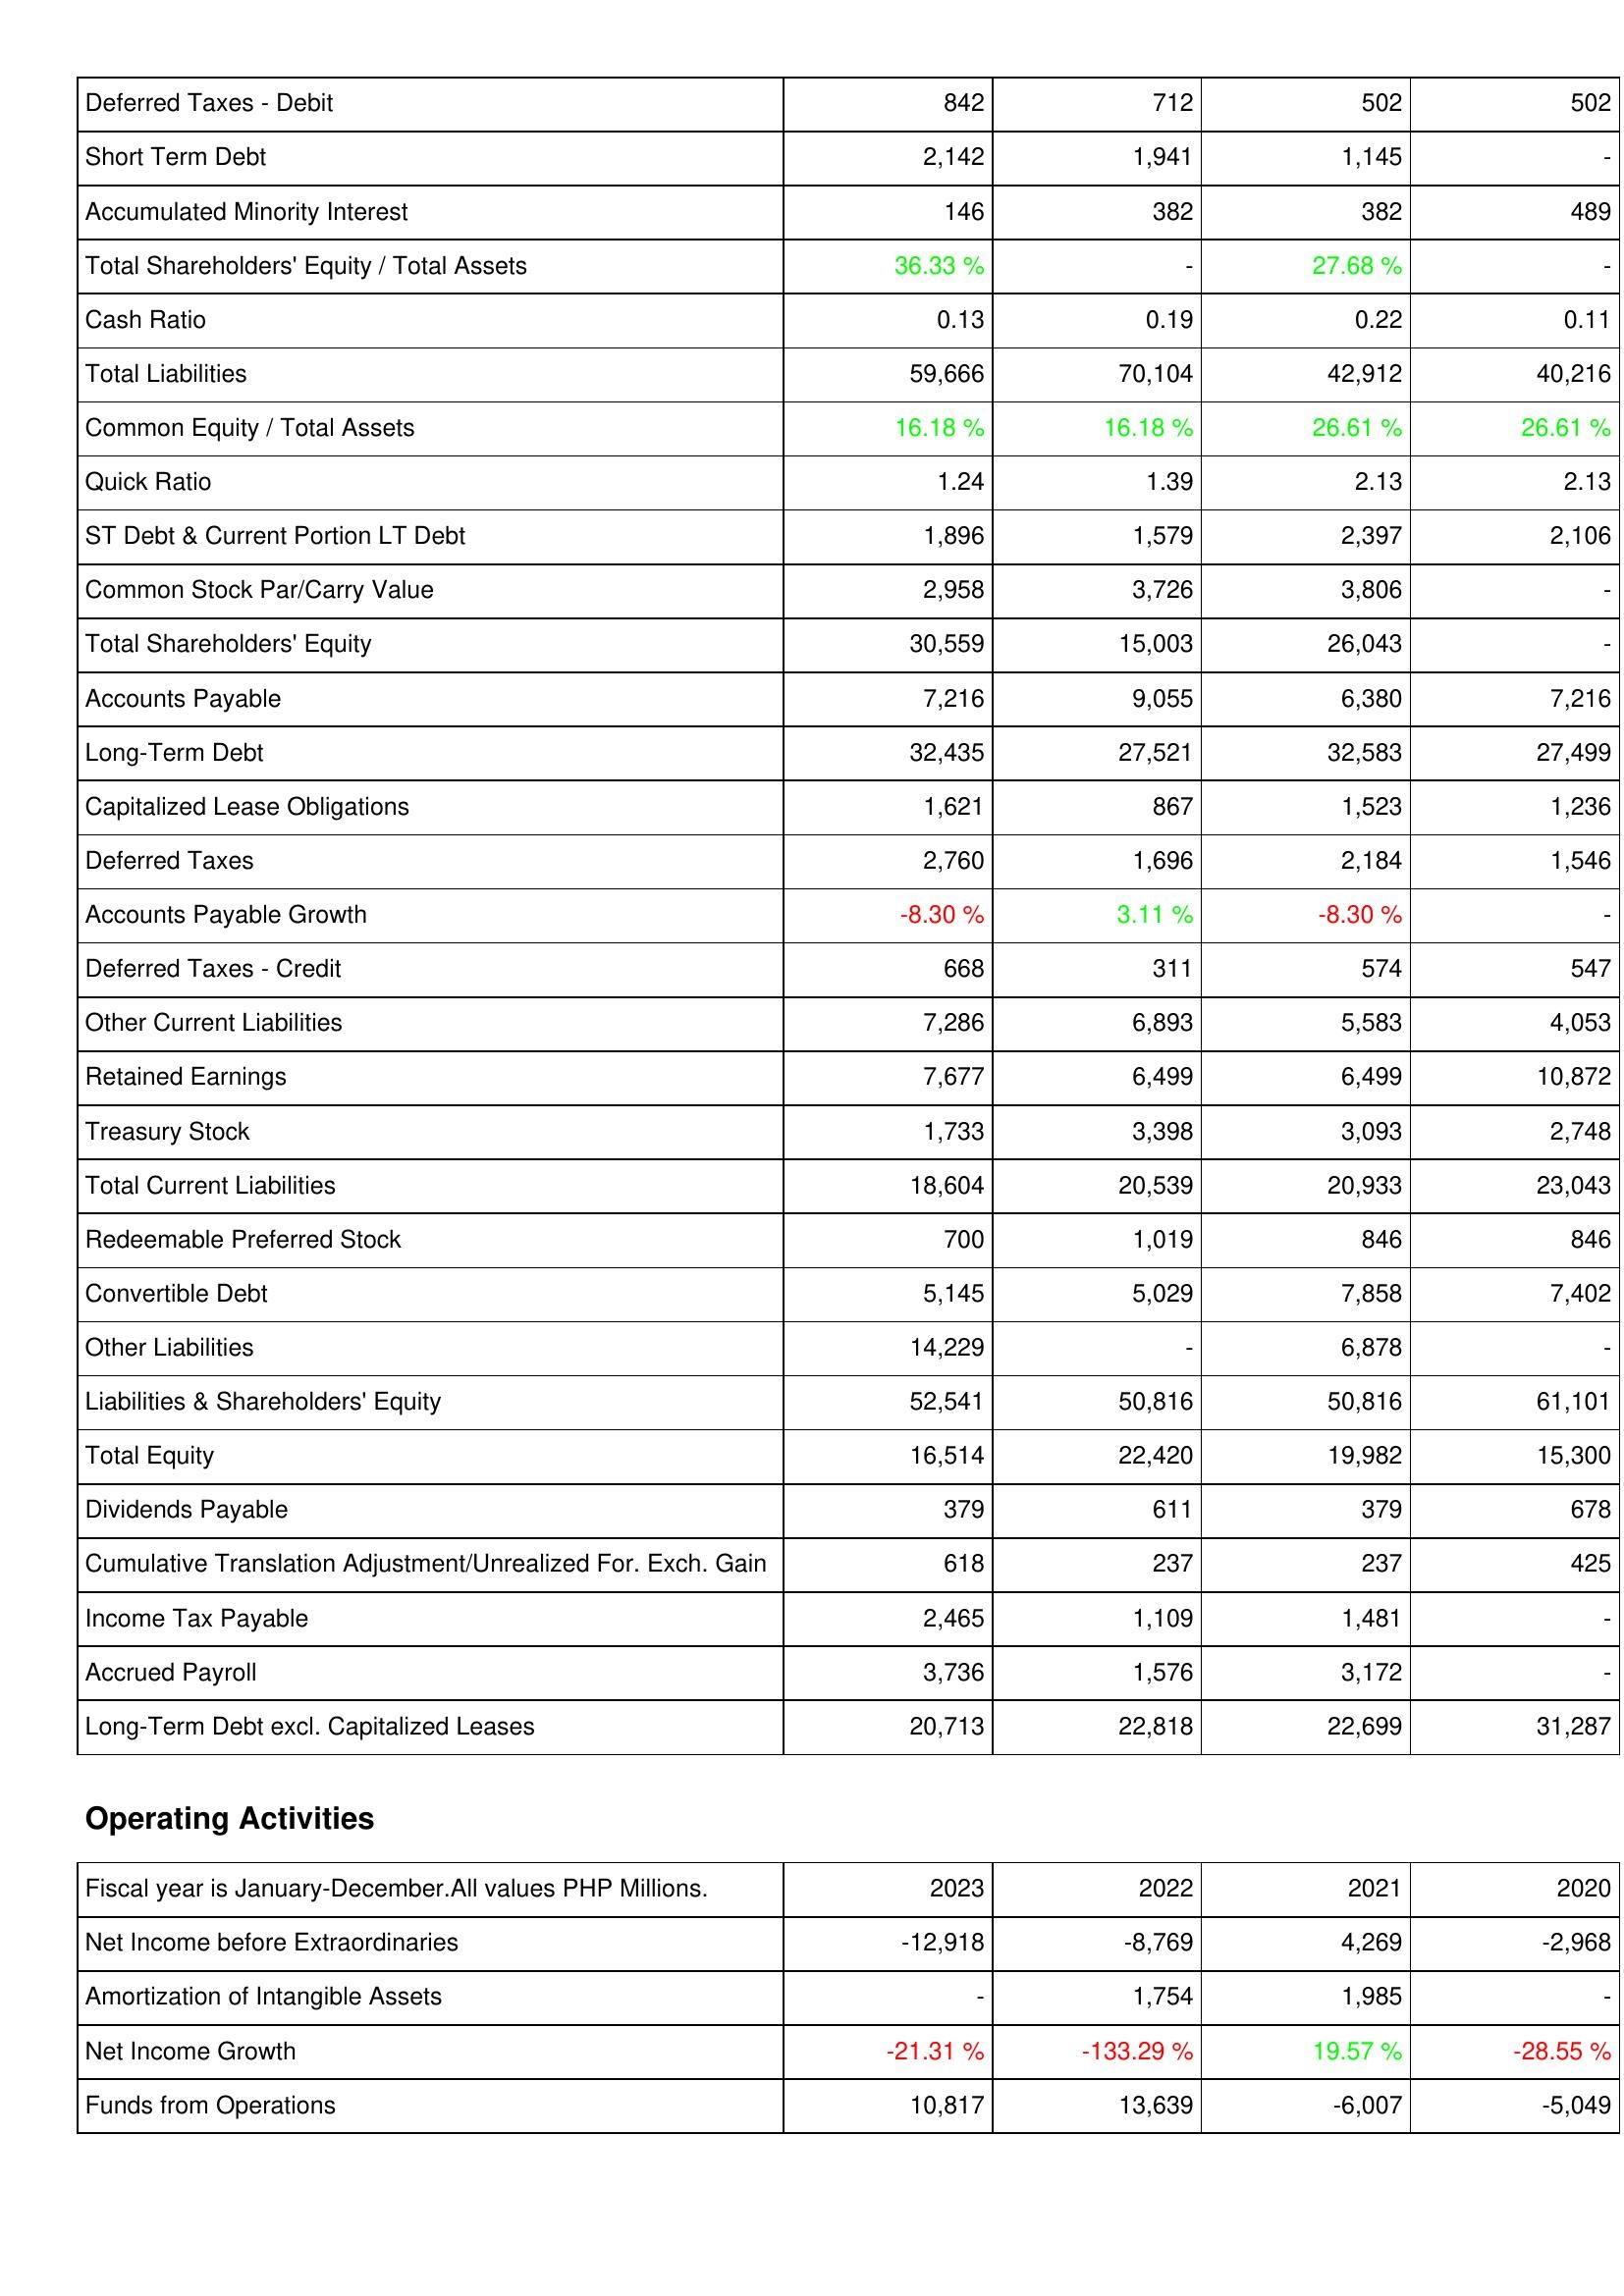
2023: Liabilities & Shareholders' Equity: Deferred Taxes - Debit: 842
Short Term Debt: 2,142
Accumulated Minority Interest: 146
Total Shareholders' Equity / Total Assets: 36.33 %
Cash Ratio: 0.13
Total Liabilities: 59,666
Common Equity / Total Assets: 16.18 %
Quick Ratio: 1.24
ST Debt & Current Portion LT Debt: 1,896
Common Stock Par/Carry Value: 2,958
Total Shareholders' Equity: 30,559
Accounts Payable: 7,216
Long-Term Debt: 32,435
Capitalized Lease Obligations: 1,621
Deferred Taxes: 2,760
Accounts Payable Growth: -8.30 %
Deferred Taxes - Credit: 668
Other Current Liabilities: 7,286
Retained Earnings: 7,677
Treasury Stock: 1,733
Total Current Liabilities: 18,604
Redeemable Preferred Stock: 700
Convertible Debt: 5,145
Other Liabilities: 14,229
Liabilities & Shareholders' Equity: 52,541
Total Equity: 16,514
Dividends Payable: 379
Cumulative Translation Adjustment/Unrealized For. Exch. Gain: 618
Income Tax Payable: 2,465
Accrued Payroll: 3,736
Long-Term Debt excl. Capitalized Leases: 20,713
Operating Activities: Net Income before Extraordinaries: -12,918
Amortization of Intangible Assets: -
Net Income Growth: -21.31 %
Funds from Operations: 10,817
2022: Liabilities & Shareholders' Equity: Deferred Taxes - Debit: 712
Short Term Debt: 1,941
Accumulated Minority Interest: 382
Total Shareholders' Equity / Total Assets: -
Cash Ratio: 0.19
Total Liabilities: 70,104
Common Equity / Total Assets: 16.18 %
Quick Ratio: 1.39
ST Debt & Current Portion LT Debt: 1,579
Common Stock Par/Carry Value: 3,726
Total Shareholders' Equity: 15,003
Accounts Payable: 9,055
Long-Term Debt: 27,521
Capitalized Lease Obligations: 867
Deferred Taxes: 1,696
Accounts Payable Growth: 3.11 %
Deferred Taxes - Credit: 311
Other Current Liabilities: 6,893
Retained Earnings: 6,499
Treasury Stock: 3,398
Total Current Liabilities: 20,539
Redeemable Preferred Stock: 1,019
Convertible Debt: 5,029
Other Liabilities: -
Liabilities & Shareholders' Equity: 50,816
Total Equity: 22,420
Dividends Payable: 611
Cumulative Translation Adjustment/Unrealized For. Exch. Gain: 237
Income Tax Payable: 1,109
Accrued Payroll: 1,576
Long-Term Debt excl. Capitalized Leases: 22,818
Operating Activities: Net Income before Extraordinaries: -8,769
Amortization of Intangible Assets: 1,754
Net Income Growth: -133.29 %
Funds from Operations: 13,639
2021: Liabilities & Shareholders' Equity: Deferred Taxes - Debit: 502
Short Term Debt: 1,145
Accumulated Minority Interest: 382
Total Shareholders' Equity / Total Assets: 27.68 %
Cash Ratio: 0.22
Total Liabilities: 42,912
Common Equity / Total Assets: 26.61 %
Quick Ratio: 2.13
ST Debt & Current Portion LT Debt: 2,397
Common Stock Par/Carry Value: 3,806
Total Shareholders' Equity: 26,043
Accounts Payable: 6,380
Long-Term Debt: 32,583
Capitalized Lease Obligations: 1,523
Deferred Taxes: 2,184
Accounts Payable Growth: -8.30 %
Deferred Taxes - Credit: 574
Other Current Liabilities: 5,583
Retained Earnings: 6,499
Treasury Stock: 3,093
Total Current Liabilities: 20,933
Redeemable Preferred Stock: 846
Convertible Debt: 7,858
Other Liabilities: 6,878
Liabilities & Shareholders' Equity: 50,816
Total Equity: 19,982
Dividends Payable: 379
Cumulative Translation Adjustment/Unrealized For. Exch. Gain: 237
Income Tax Payable: 1,481
Accrued Payroll: 3,172
Long-Term Debt excl. Capitalized Leases: 22,699
Operating Activities: Net Income before Extraordinaries: 4,269
Amortization of Intangible Assets: 1,985
Net Income Growth: 19.57 %
Funds from Operations: -6,007
2020: Liabilities & Shareholders' Equity: Deferred Taxes - Debit: 502
Short Term Debt: -
Accumulated Minority Interest: 489
Total Shareholders' Equity / Total Assets: -
Cash Ratio: 0.11
Total Liabilities: 40,216
Common Equity / Total Assets: 26.61 %
Quick Ratio: 2.13
ST Debt & Current Portion LT Debt: 2,106
Common Stock Par/Carry Value: -
Total Shareholders' Equity: -
Accounts Payable: 7,216
Long-Term Debt: 27,499
Capitalized Lease Obligations: 1,236
Deferred Taxes: 1,546
Accounts Payable Growth: -
Deferred Taxes - Credit: 547
Other Current Liabilities: 4,053
Retained Earnings: 10,872
Treasury Stock: 2,748
Total Current Liabilities: 23,043
Redeemable Preferred Stock: 846
Convertible Debt: 7,402
Other Liabilities: -
Liabilities & Shareholders' Equity: 61,101
Total Equity: 15,300
Dividends Payable: 678
Cumulative Translation Adjustment/Unrealized For. Exch. Gain: 425
Income Tax Payable: -
Accrued Payroll: -
Long-Term Debt excl. Capitalized Leases: 31,287
Operating Activities: Net Income before Extraordinaries: -2,968
Amortization of Intangible Assets: -
Net Income Growth: -28.55 %
Funds from Operations: -5,049